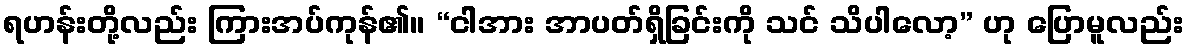
ရဟန်းတို့လည်း ကြားအပ်ကုန်၏။ “ငါအား အာပတ်ရှိခြင်းကို သင် သိပါလော့” ဟု ပြောမူလည်း